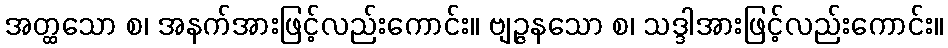
အတ္ထသော စ၊ အနက်အားဖြင့်လည်းကောင်း။ ဗျဉ္ဇနသော စ၊ သဒ္ဒါအားဖြင့်လည်းကောင်း။